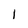
Character: 1